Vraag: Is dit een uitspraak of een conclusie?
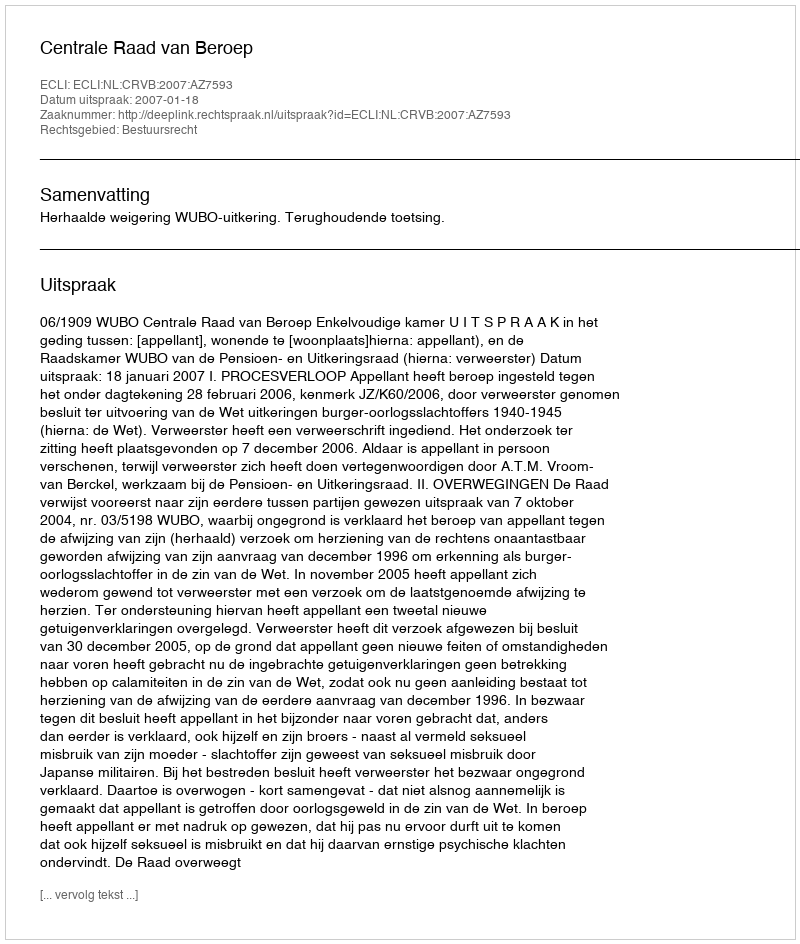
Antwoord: Uitspraak